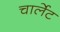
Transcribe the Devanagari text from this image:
चार्लेट